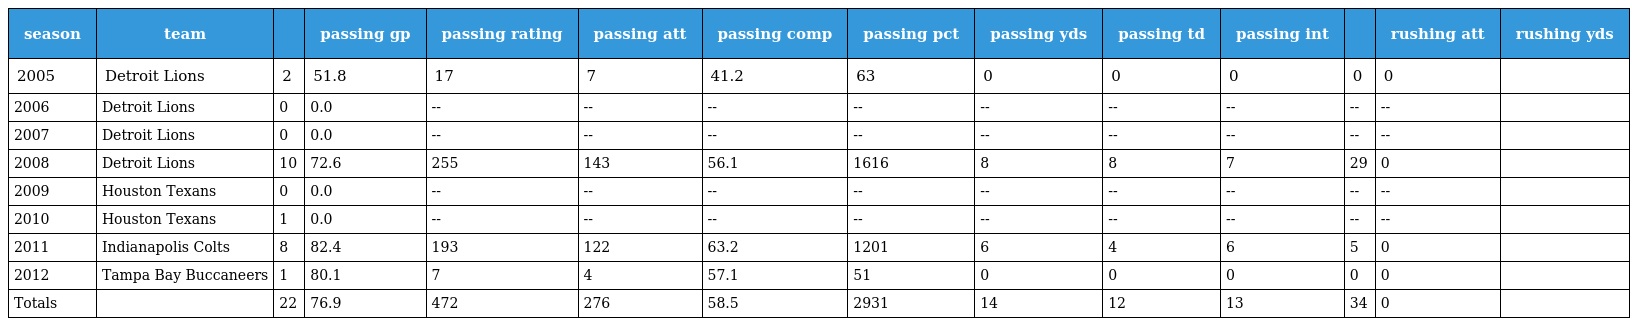
| season | team |  | passing gp | passing rating | passing att | passing comp | passing pct | passing yds | passing td | passing int |  | rushing att | rushing yds |
 | --- | --- | --- | --- | --- | --- | --- | --- | --- | --- | --- | --- | --- | --- |
 | 2005 | Detroit Lions | 2 | 51.8 | 17 | 7 | 41.2 | 63 | 0 | 0 | 0 | 0 | 0 |  |
 | 2006 | Detroit Lions | 0 | 0.0 | -- | -- | -- | -- | -- | -- | -- | -- | -- |  |
 | 2007 | Detroit Lions | 0 | 0.0 | -- | -- | -- | -- | -- | -- | -- | -- | -- |  |
 | 2008 | Detroit Lions | 10 | 72.6 | 255 | 143 | 56.1 | 1616 | 8 | 8 | 7 | 29 | 0 |  |
 | 2009 | Houston Texans | 0 | 0.0 | -- | -- | -- | -- | -- | -- | -- | -- | -- |  |
 | 2010 | Houston Texans | 1 | 0.0 | -- | -- | -- | -- | -- | -- | -- | -- | -- |  |
 | 2011 | Indianapolis Colts | 8 | 82.4 | 193 | 122 | 63.2 | 1201 | 6 | 4 | 6 | 5 | 0 |  |
 | 2012 | Tampa Bay Buccaneers | 1 | 80.1 | 7 | 4 | 57.1 | 51 | 0 | 0 | 0 | 0 | 0 |  |
 | Totals |  | 22 | 76.9 | 472 | 276 | 58.5 | 2931 | 14 | 12 | 13 | 34 | 0 |  |